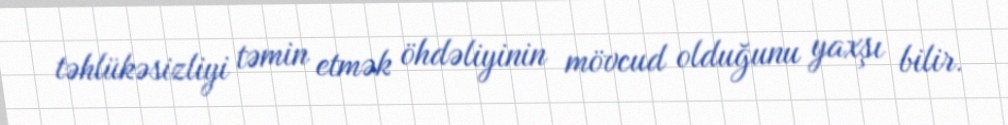
təhlükəsizliyi təmin etmək öhdəliyinin mövcud olduğunu yaxşı bilir.